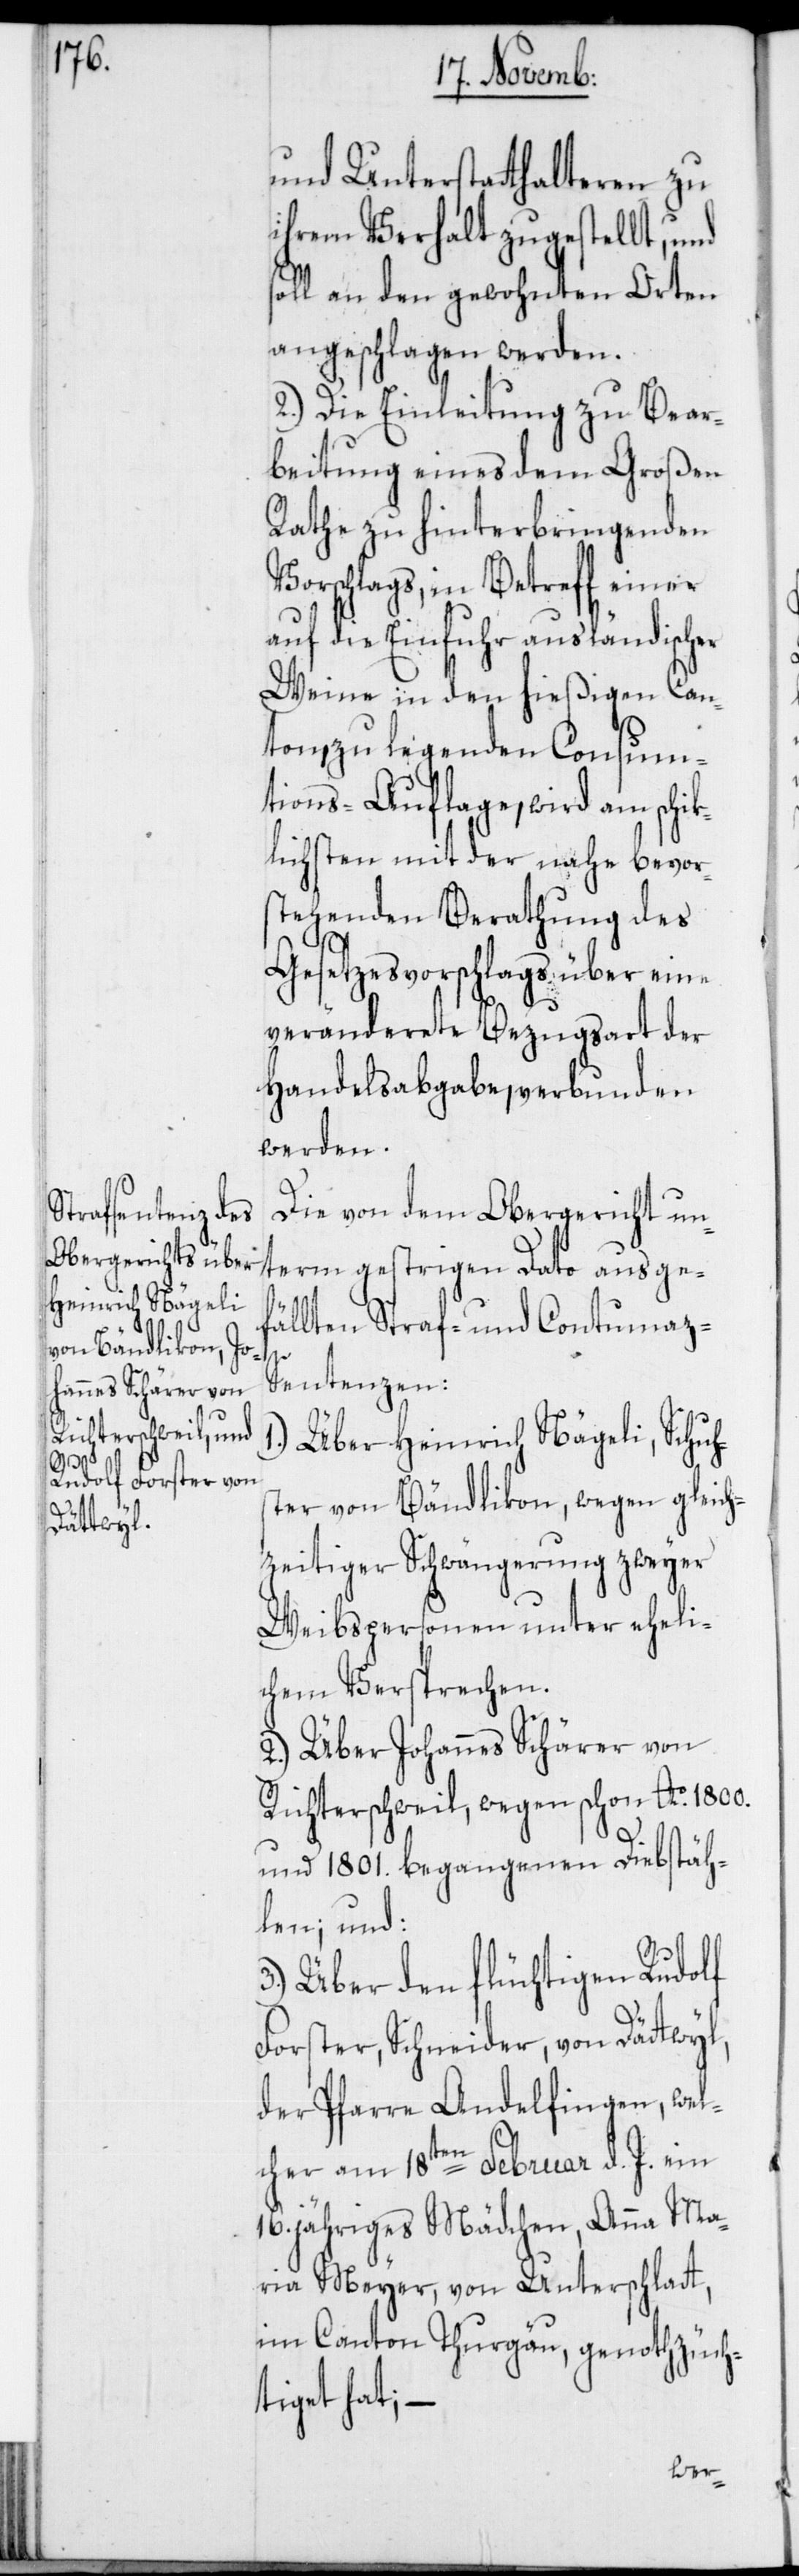
und Unterstatthalteren zu
ihrem Verhalt zugestellt, und
soll an den gewohnten Orten
angeschlagen werden.
2.) Die Einleitung zu Bear¬
beitung eines dem Großen
Rathe zu hinterbringenden
Vorschlags, in Betreff einer
auf die Einfuhr ausländischer
Weine in den hießigen Can¬
ton, zu legenden Consum¬
tions-Auflage, wird am schik¬
lichsten mit der nahe bevor¬
stehenden Berathung des
Gesetzesvorschlags über eine
veränderete Bezugsart der
Handelabgabe, verbunden
werden.
Die von dem Obergericht un¬
term gestrigen Dato ausge¬
fällten Straf- und Contumaz-S¬
entenzen:
1.) Über Heinrich Nägeli, Schuh¬
ter von Bändlikon, wegen gleich¬
s¬
zeitiger Schwängerung zweyer
Weibspersonen unter eheli¬
chem Versprechen.
2.) Über Johannes Schärer von
Richterschweil, wegen schon Ao. 1800.
und 1801. begangenen Diebstäh¬
len; und:
3.) Über den flüchtigen Rudolf
Forster, Schneider, von Dättwyl,
der Pfarre Andelfingen, wel¬
cher am 18ten Februar d. J. ein
16. jähriges Mädchen, Anna Ma¬
ria Meyer von Unterschlatt
im Canton Thurgäu, genothzüch¬
tiget hat; –